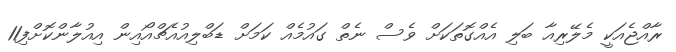
ރާއްޖެއަކީ މެލޭރިއާ ބަލި އެއްގޮތަކަށް ވެސް ނެތް ގައުމެއް ކަމަށް ޑަބްލިއުއެޗްއޯއިން އިއުލާންކޮށްފި11